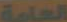
العامة